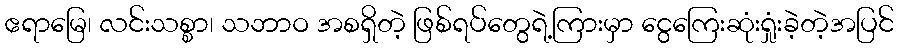
ဧရာမြေ၊ လင်းသစ္စာ၊ သဘာဝ အစရှိတဲ့ ဖြစ်ရပ်တွေရဲ့ကြားမှာ ငွေကြေးဆုံးရှုံးခဲ့တဲ့အပြင်